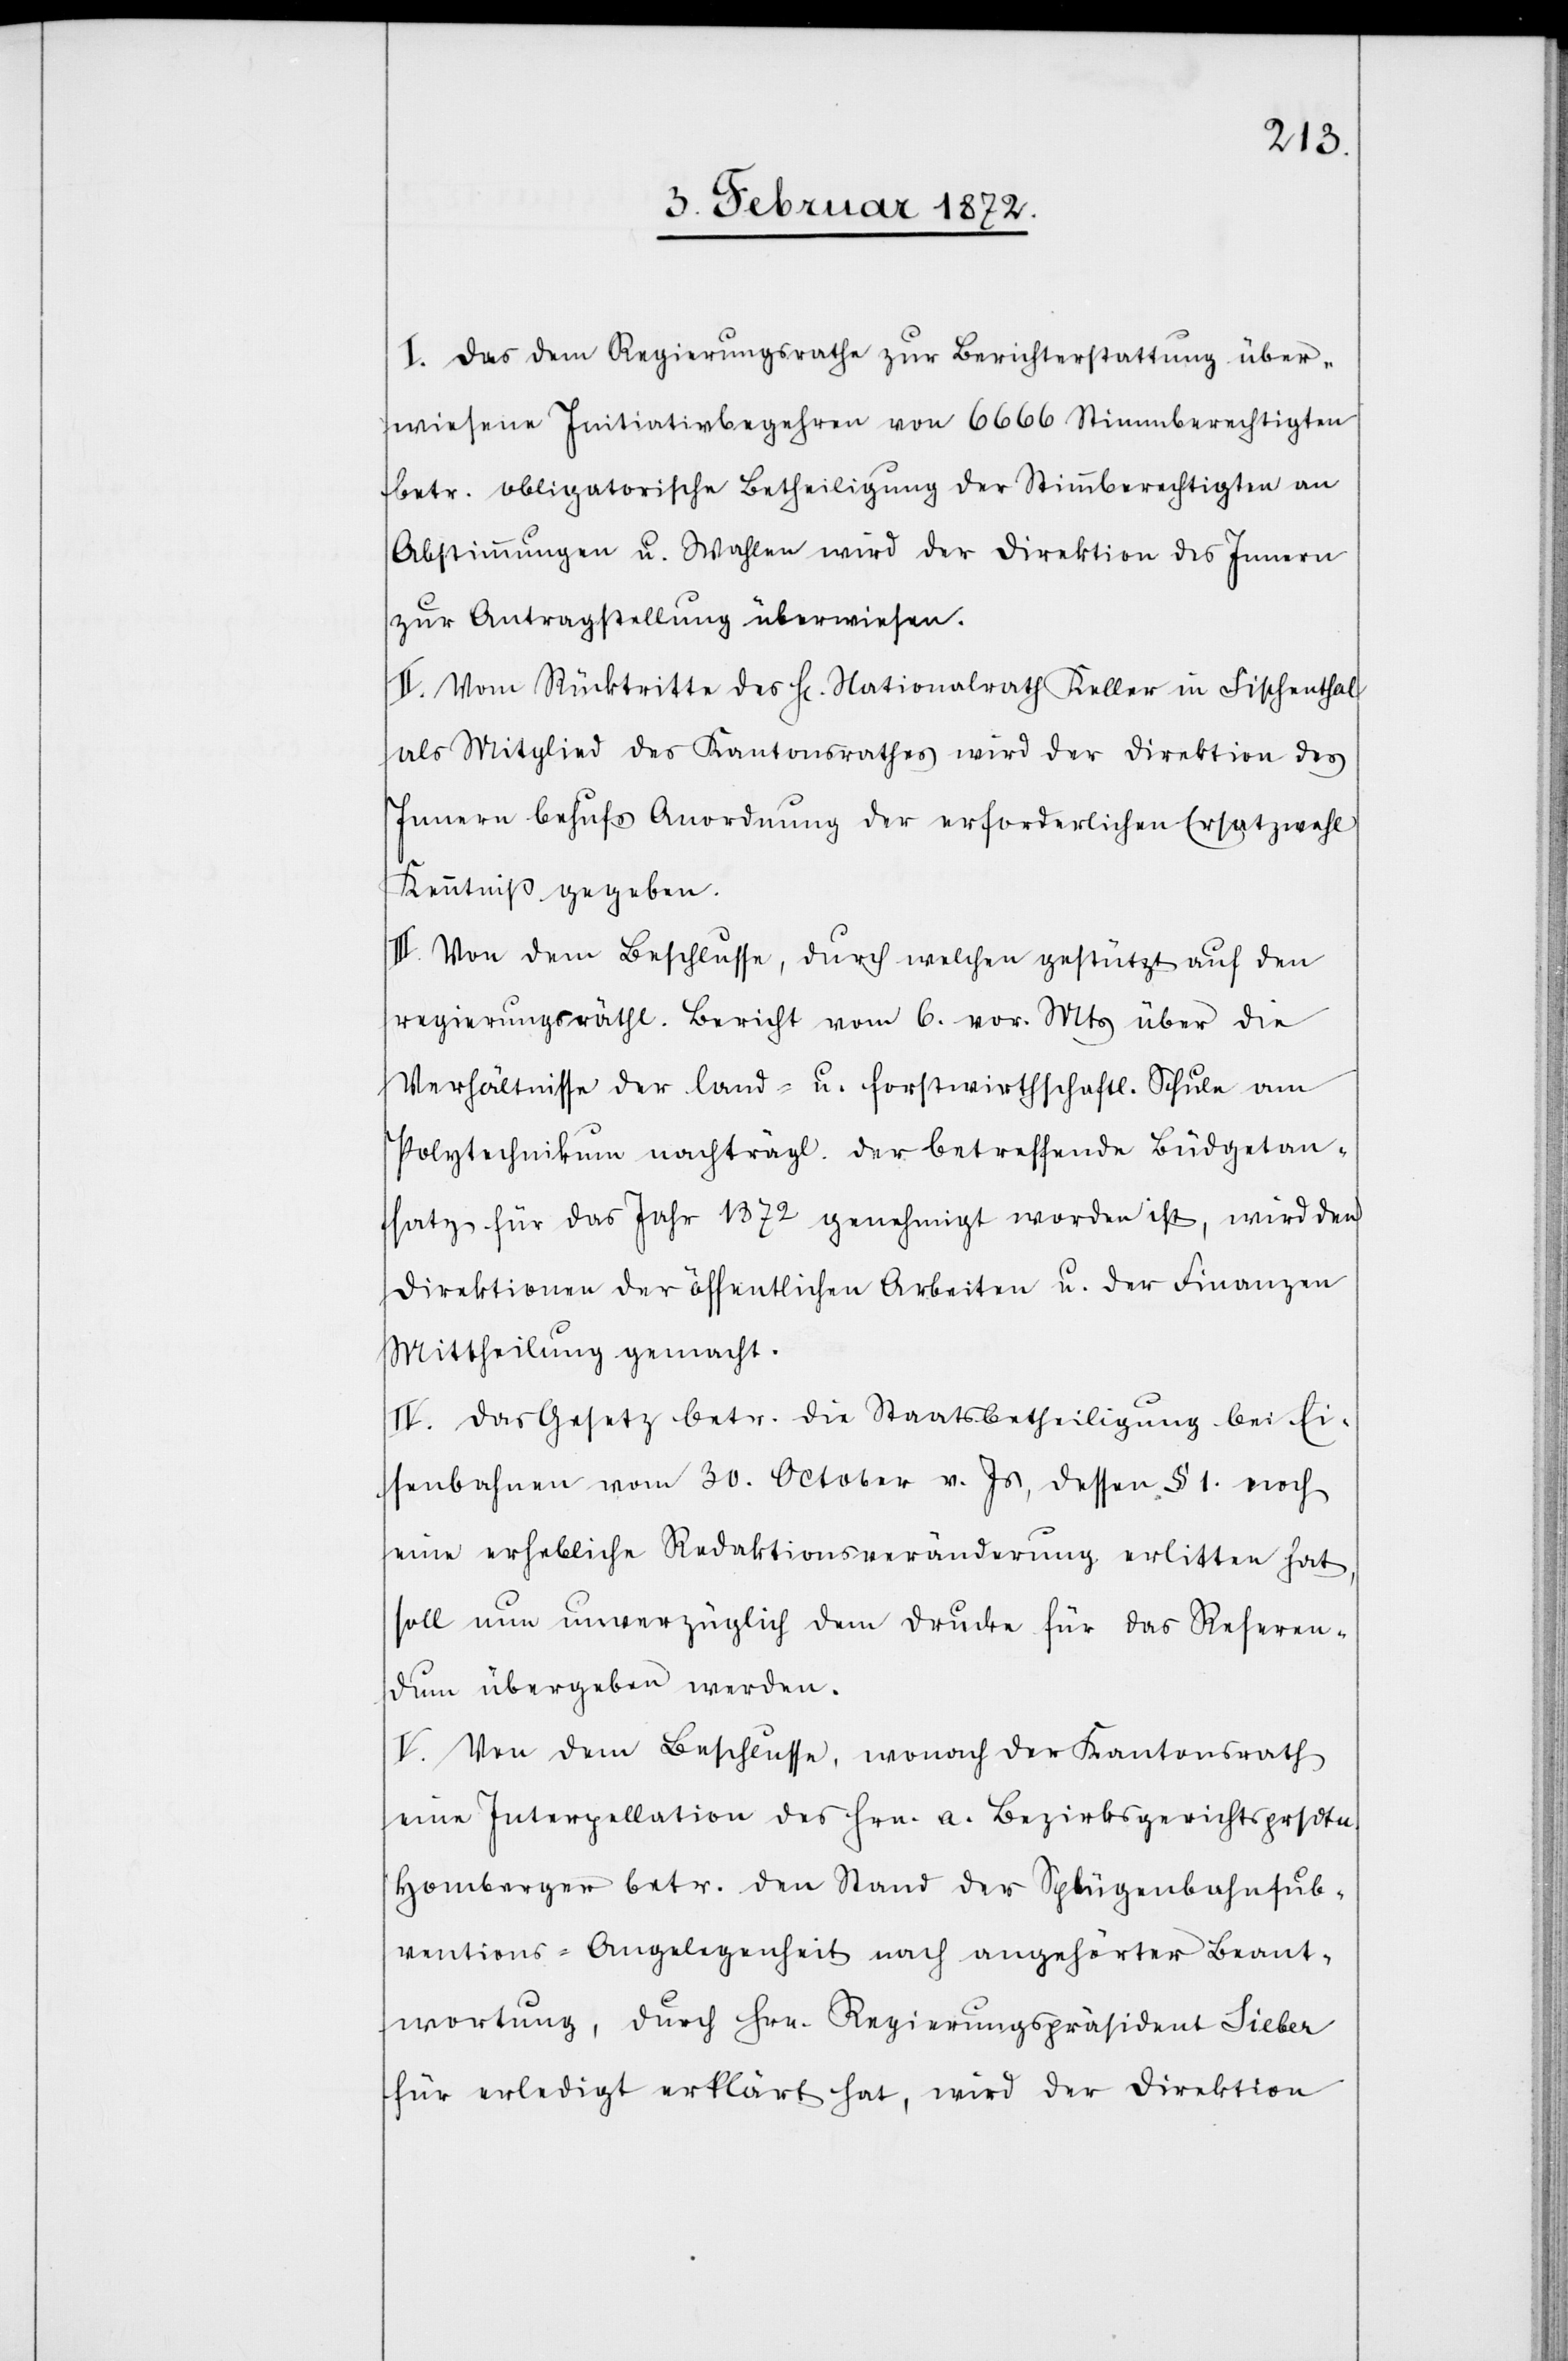
I. Das dem Regierungsrathe zur Berichterstattung über¬
wiesene Initiativbegehren von 6666 Stimmberechtigten
betr. obligatorische Betheiligung der Stimmberechtigten an
Abstimmungen u. Wahlen wird der Direktion des Innern
zur Antragsstellung überwiesen.
II. Vom Rücktritte des Hr. Nationalrath Keller in Fischenthal
als Mitglied des Kantonsrathes wird der Direktion des
Innern behufs Anordnung der erforderlichen Ersatzwahl
Kenntniß gegeben.
III. Von dem Beschlusse, durch welchen gestützt auf den
regierungsräthl. Bericht vom 6. vor. Mts über die
Verhältnisse der land- u. forstwirthschaftl. Schule am
Polytechnikum nachträgl. der betreffende Büdgetan¬
satz für das Jahr 1872 genehmigt worden ist, wird den
Direktionen der öffentlichen Arbeiten u. der Finanzen
Mittheilung gemacht.
IV. Das Gesetz betr. die Staatsbetheiligung bei Ei¬
senbahnen vom 30. October v. Js, dessen § 1. noch
eine erhebliche Redaktionsveränderung erlitten hat,
soll nun unverzüglich dem Drucke für das Referen¬
dum übergeben werden.
V. Von dem Beschlusse, wonach der Kantonsrath
eine Interpellation des Hrn. a. Bezirksgerichtsprsdtn.
Homberger betr. den Stand der Splügenbahnsub¬
ventions-Angelegenheit nach angehörter Beant¬
wortung, durch Hrn. Regierungspräsident Sieber
für erledigt erklärt hat, wird der Direktion